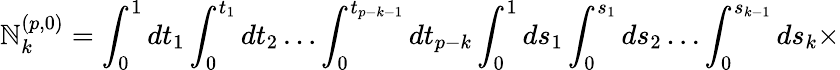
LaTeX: \mathbb{N}_{k}^{(p,0)}=\int_{0}^{1}dt_{1}\int_{0}^{t_{1}}dt_{2}\ldots\int_{0}^{t_{p-k-1}}dt_{p-k}\int_{0}^{1}ds_{1}\int_{0}^{s_{1}}ds_{2}\ldots\int_{0}^{s_{k-1}}ds_{k}\times